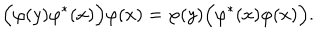
\Bigl ( \varphi ( y ) \varphi ^ { * } ( x ) \Bigl ) \varphi ( x ) = \varphi ( y ) \Bigl ( \varphi ^ { * } ( x ) \varphi ( x ) \Bigl ) .